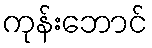
ကုန်းဘောင်